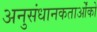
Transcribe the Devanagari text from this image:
अनुसंधानकतार्ओंको